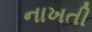
નાખતી